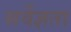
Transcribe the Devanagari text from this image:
सर्वेज्ञता